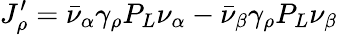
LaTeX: J_{\rho}^{\prime}=\bar{\nu}_{\alpha}\gamma_{\rho}P_{L}\nu_{\alpha}-\bar{\nu}_{\beta}\gamma_{\rho}P_{L}\nu_{\beta}